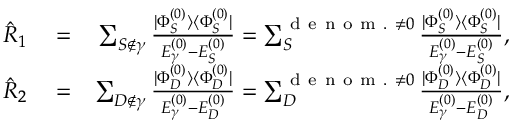
\begin{array} { r l r } { \hat { R } _ { 1 } } & { { } = } & { \sum _ { S \notin \gamma } ^ { } \frac { | \Phi _ { S } ^ { ( 0 ) } \rangle \langle \Phi _ { S } ^ { ( 0 ) } | } { E _ { \gamma } ^ { ( 0 ) } - E _ { S } ^ { ( 0 ) } } = \sum _ { S } ^ { { \mathrm { ~ d ~ e ~ n ~ o ~ m ~ . ~ } \neq 0 } } \frac { | \Phi _ { S } ^ { ( 0 ) } \rangle \langle \Phi _ { S } ^ { ( 0 ) } | } { E _ { \gamma } ^ { ( 0 ) } - E _ { S } ^ { ( 0 ) } } , } \\ { \hat { R } _ { 2 } } & { { } = } & { \sum _ { D \notin \gamma } ^ { } \frac { | \Phi _ { D } ^ { ( 0 ) } \rangle \langle \Phi _ { D } ^ { ( 0 ) } | } { E _ { \gamma } ^ { ( 0 ) } - E _ { D } ^ { ( 0 ) } } = \sum _ { D } ^ { { \mathrm { ~ d ~ e ~ n ~ o ~ m ~ . ~ } \neq 0 } } \frac { | \Phi _ { D } ^ { ( 0 ) } \rangle \langle \Phi _ { D } ^ { ( 0 ) } | } { E _ { \gamma } ^ { ( 0 ) } - E _ { D } ^ { ( 0 ) } } , } \end{array}